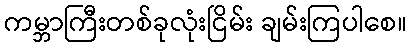
ကမ္ဘာကြီးတစ်ခုလုံးငြိမ်း ချမ်းကြပါစေ။